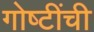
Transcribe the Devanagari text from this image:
गोष्‍टींची